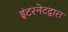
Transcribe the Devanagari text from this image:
इंटरनेटद्वारा